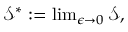
\begin{array} { r } { \mathcal { S } ^ { * } : = \operatorname* { l i m } _ { \epsilon \to 0 } \mathcal { S } , } \end{array}